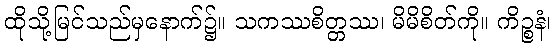
ထိုသို့မြင်သည်မှနောက်၌။ သကဿစိတ္တဿ၊ မိမိစိတ်ကို။ ကိဉ္စနံ၊